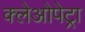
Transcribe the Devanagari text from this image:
क्लेओपेट्रा